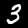
Digit: 3